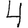
Digit: 4